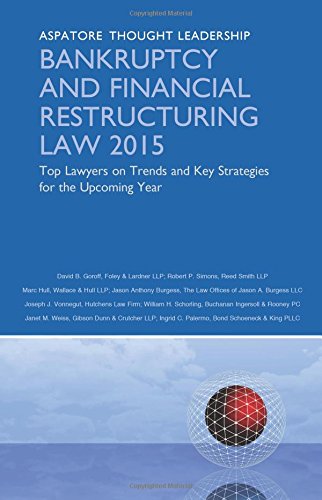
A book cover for Bankruptcy and Financial Restructuring Law 2015: Top Lawyers on Trends and Key Strategies for the Upcoming Year (Aspatore Thought Leadership); Robert Simons; Law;